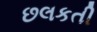
છલકતી